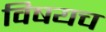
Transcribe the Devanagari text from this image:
विषयच